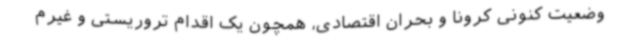
وضعیت کنونی کرونا و بحران اقتصادی، همچون یک اقدام تروریستی و غیرم